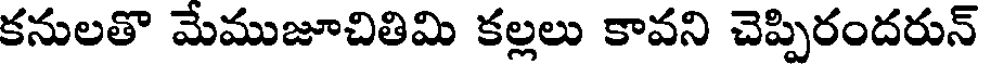
కనులతొ మేముజూచితిమి కల్లలు కావని చెప్పిరందరున్